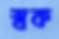
স্বক